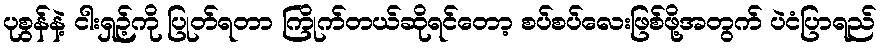
ပုစွန်နဲ့ ငါးရှဉ့်ကို ပြုတ်ရတာ ကြိုက်တယ်ဆိုရင်တော့ စပ်စပ်လေးဖြစ်ဖို့အတွက် ပဲငံပြာရည်